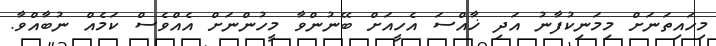
މިހައިތަނަށް މިމަނިކުފާނު އަދި ޚާއްސަ އެހީއަށް ބޭނުންވާ މީހުންނަށް އެއްވެސް ކަމެއް ނުބާއްވާ.